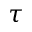
\tau